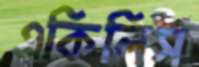
একিলিস